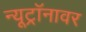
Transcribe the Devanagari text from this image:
न्यूट्रॉनावर